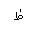
Letter: _za